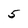
Character: 5